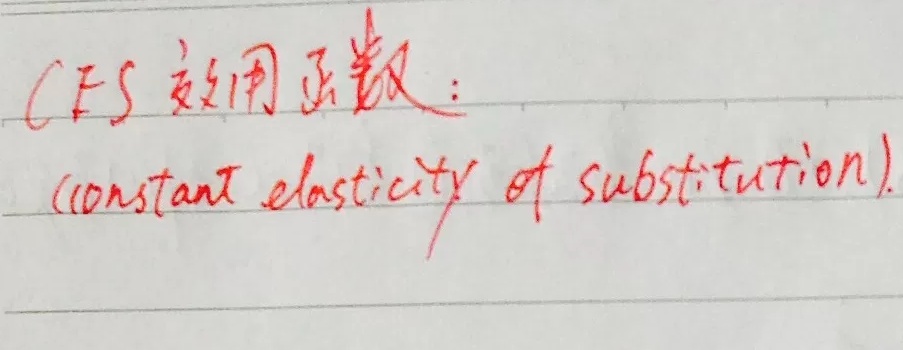
CES 效用函数：(constant elasticity of substitution)